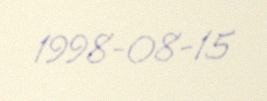
1998-08-15